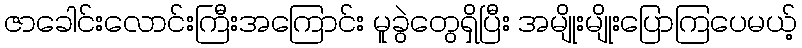
ဇာခေါင်းလောင်းကြီးအကြောင်း မူခွဲတွေရှိပြီး အမျိုးမျိုးပြောကြပေမယ့်